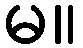
မ။